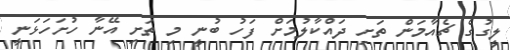
ލީގުގެ ޗެއާމަން ތަށި ދައްކާލުމަށް ފަހު ބުނީ މި ތަށި އޭނާ ހުށަހަޅަނީ